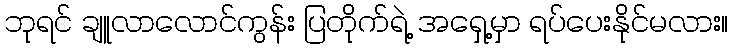
ဘုရင် ချူလာလောင်ကွန်း ပြတိုက်ရဲ့ အရှေ့မှာ ရပ်ပေးနိုင်မလား။